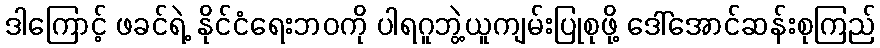
ဒါကြောင့် ဖခင်ရဲ့ နိုင်ငံရေးဘဝကို ပါရဂူဘွဲ့ယူကျမ်းပြုစုဖို့ ဒေါ်အောင်ဆန်းစုကြည်